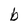
Character: b